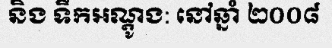
និង ទឹកអណ្តូង: នៅឆ្នាំ ២០០៨